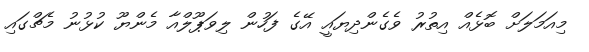
މިއަމަލަށް ބޮޅެއް އިތުރު ވެގެންދިޔައީ އޭގެ ފަހުން ލިވަޕޫލްއާ މެންޔޫ ކުޅުނު މެޗްގައި